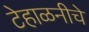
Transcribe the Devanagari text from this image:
टेहाळनीचे